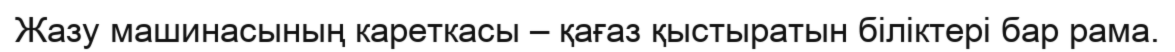
Жазу машинасының кареткасы – қағаз қыстыратын біліктері бар рама.